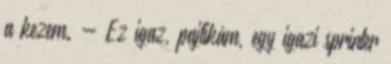
a kezem. - Ez igaz, pajtikám, egy igazi sprinter